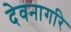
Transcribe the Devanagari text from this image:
देवनागरि